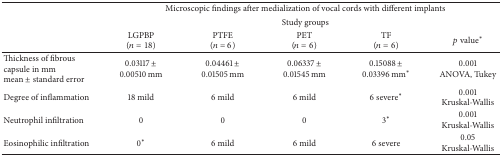
<table><thead><tr><td>[EMPTY_CELL]</td><td colspan="5"><b>Microscopic findings after medialization of vocal cords with different implants</b></td></tr><tr><td>[EMPTY_CELL]</td><td colspan="5"><b>Study groups</b></td></tr><tr><td>[EMPTY_CELL]</td><td><b>LGPBP(<i>n</i> = 18)</b></td><td><b>PTFE(<i>n</i> = 6)</b></td><td><b>PET(<i>n</i> = 6)</b></td><td><b>TF(<i>n</i> = 6)</b></td><td><b><i>p</i> value<sup>∗</sup></b></td></tr></thead><tbody><tr><td>Thickness of fibrous capsule in mmmean ± standard error</td><td>0.03117 ± 0.00510 mm</td><td>0.04461 ± 0.01505 mm</td><td>0.06337 ± 0.01545 mm</td><td>0.15088 ± 0.03396 mm<sup>∗</sup></td><td>0.001ANOVA, Tukey</td></tr><tr><td>Degree of inflammation</td><td>18 mild</td><td>6 mild</td><td>6 mild</td><td>6 severe<sup>∗</sup></td><td>0.001 Kruskal-Wallis</td></tr><tr><td>Neutrophil infiltration</td><td>0</td><td>0</td><td>0</td><td>3<sup>∗</sup></td><td>0.001 Kruskal-Wallis</td></tr><tr><td>Eosinophilic infiltration</td><td>0<sup>∗</sup></td><td>6 mild</td><td>6 mild</td><td>6 severe</td><td>0.05Kruskal-Wallis</td></tr></tbody></table>